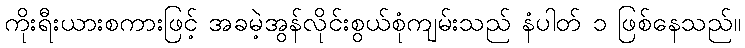
ကိုးရီးယားစကားဖြင့် အခမဲ့အွန်လိုင်းစွယ်စုံကျမ်းသည် နံပါတ် ၁ ဖြစ်နေသည်။